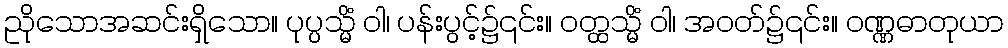
ညိုသောအဆင်းရှိသော။ ပုပ္ပသ္မိံ ဝါ၊ ပန်းပွင့်၌၎င်း။ ဝတ္ထသ္မိံ ဝါ၊ အဝတ်၌၎င်း။ ဝဏ္ဏဓာတုယာ